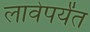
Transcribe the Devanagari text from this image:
लावेपर्यंत